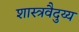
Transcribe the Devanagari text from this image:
शास्त्रवैदुय्य